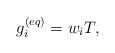
\begin{align*}g_i^{(eq)} = {{w}_i}T,\end{align*}